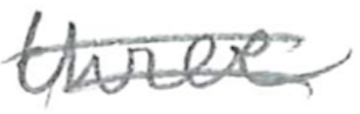
Text: three
Cross-out: double-line
Writing tool: pencil